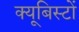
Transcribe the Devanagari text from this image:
क्यूबिस्टों